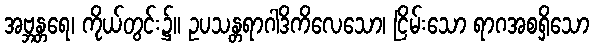
အဗ္ဘန္တရေ၊ ကိုယ်တွင်း၌။ ဥပသန္တရာဂါဒိကိလေသော၊ ငြိမ်းသော ရာဂအစရှိသော